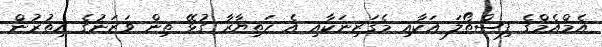
އެމްއެމްގެ ފިސްތޯލަ އަކާއި މެގަޒިނަކާއި އެ ހަތިޔާރާ ގުޅޭ ތިން ވަޒަނުގެ އިތުރުން